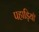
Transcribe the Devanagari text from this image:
पहाड़ियॉ